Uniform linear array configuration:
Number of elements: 48
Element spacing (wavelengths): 0.25
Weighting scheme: blackman
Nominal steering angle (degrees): -45
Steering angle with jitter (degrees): -45.629
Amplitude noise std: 0.05
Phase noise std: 0.05

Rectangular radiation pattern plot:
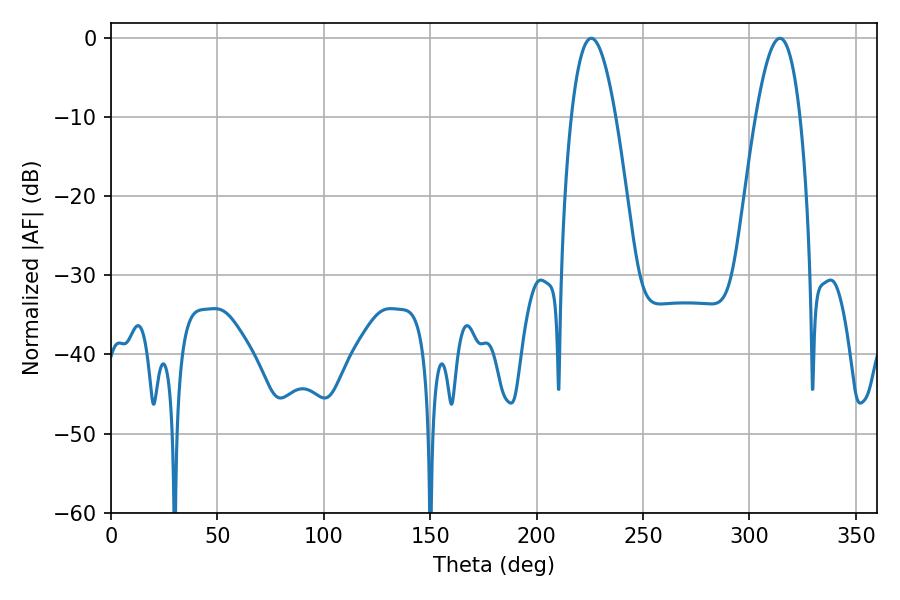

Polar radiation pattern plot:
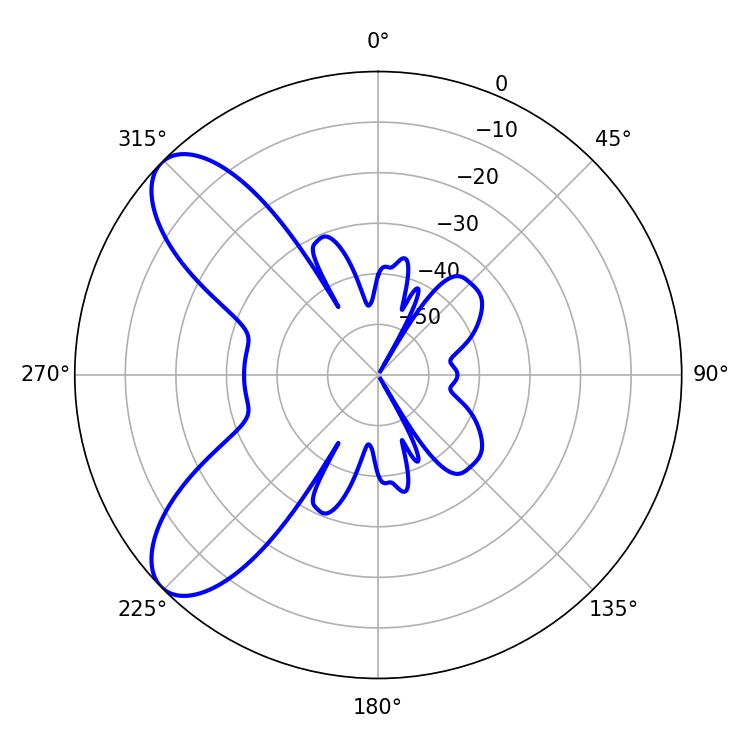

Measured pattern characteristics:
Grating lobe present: FALSE
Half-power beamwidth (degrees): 11.34
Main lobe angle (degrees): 225.72